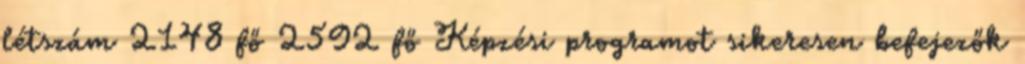
létszám 2148 fő 2592 fő Képzési programot sikeresen befejezők